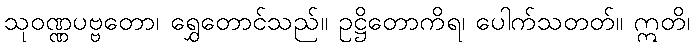
သုဝဏ္ဏပဗ္ဗတော၊ ရွှေတောင်သည်။ ဥဋ္ဌိတောကိရ၊ ပေါက်သတတ်။ ဣတိ၊